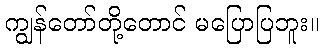
ကျွန်တော်တို့တောင် မပြောပြဘူး။